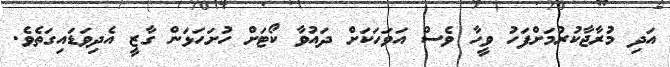
އަދި މުރާޖާކުރުމަށްފަހު ވީހާ ވެސް އަވަހަކަށް ދައުވާ ކޯޓަށް ހުށަހަޅަން ގާޒީ އެދިވަޑައިގަތެވެ.